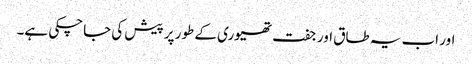
اور اب یہ طاق اور جفت تھیوری کے طور پر پیش کی جاچکی ہے۔